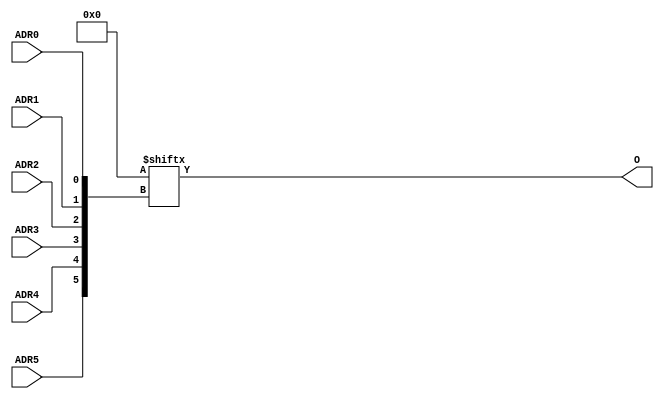
module X_LUT6 (O, ADR0, ADR1, ADR2, ADR3, ADR4, ADR5);

  parameter INIT = 64'h0000000000000000;
  parameter LOC = "UNPLACED";

  output O;
  input ADR0, ADR1, ADR2, ADR3, ADR4, ADR5;

  wire a0, a1, a2, a3, a4, a5;
  wire o_out_tmp;

  buf b0 (a0, ADR0);
  buf b1 (a1, ADR1);
  buf b2 (a2, ADR2);
  buf b3 (a3, ADR3);
  buf b4 (a4, ADR4);
  buf b5 (a5, ADR5);
  buf b6 (O, o_out_tmp);

  reg o_out;
  reg tmp;
  assign o_out_tmp = o_out;

  always @( a5 or a4 or a3 or  a2 or  a1 or  a0 )  begin

    tmp =  a0 ^ a1  ^ a2 ^ a3 ^ a4 ^ a5;

    if ( tmp == 0 || tmp == 1)

        o_out = INIT[{a5, a4, a3, a2, a1, a0}];

    else

      o_out =  lut6_mux8 ( {lut6_mux8 ( INIT[63:56], {a2, a1, a0}),
                          lut6_mux8 ( INIT[55:48], {a2, a1, a0}),
                          lut6_mux8 ( INIT[47:40], {a2, a1, a0}),
                          lut6_mux8 ( INIT[39:32], {a2, a1, a0}),
                          lut6_mux8 ( INIT[31:24], {a2, a1, a0}),
                          lut6_mux8 ( INIT[23:16], {a2, a1, a0}),
                          lut6_mux8 ( INIT[15:8], {a2, a1, a0}),
                          lut6_mux8 ( INIT[7:0], {a2, a1, a0}) }, {a5, a4, a3});
  end



  specify

	(ADR0 => O) = (0:0:0, 0:0:0);
	(ADR1 => O) = (0:0:0, 0:0:0);
	(ADR2 => O) = (0:0:0, 0:0:0);
	(ADR3 => O) = (0:0:0, 0:0:0);
	(ADR4 => O) = (0:0:0, 0:0:0);
	(ADR5 => O) = (0:0:0, 0:0:0);
	specparam PATHPULSE$ = 0;

  endspecify


  function lut6_mux8;
  input [7:0] d;
  input [2:0] s;
   
  begin

       if ((s[2]^s[1]^s[0] ==1) || (s[2]^s[1]^s[0] ==0))
           
           lut6_mux8 = d[s];

         else
           if ( ~(|d))
                 lut6_mux8 = 1'b0;
           else if ((&d))
                 lut6_mux8 = 1'b1;
           else if (((s[1]^s[0] ==1'b1) || (s[1]^s[0] ==1'b0)) && (d[{1'b0,s[1:0]}]==d[{1'b1,s[1:0]}]))
                 lut6_mux8 = d[{1'b0,s[1:0]}];
           else if (((s[2]^s[0] ==1) || (s[2]^s[0] ==0)) && (d[{s[2],1'b0,s[0]}]==d[{s[2],1'b1,s[0]}]))
                 lut6_mux8 = d[{s[2],1'b0,s[0]}];
           else if (((s[2]^s[1] ==1) || (s[2]^s[1] ==0)) && (d[{s[2],s[1],1'b0}]==d[{s[2],s[1],1'b1}]))
                 lut6_mux8 = d[{s[2],s[1],1'b0}];
           else if (((s[0] ==1) || (s[0] ==0)) && (d[{1'b0,1'b0,s[0]}]==d[{1'b0,1'b1,s[0]}]) &&
              (d[{1'b0,1'b0,s[0]}]==d[{1'b1,1'b0,s[0]}]) && (d[{1'b0,1'b0,s[0]}]==d[{1'b1,1'b1,s[0]}]))
                 lut6_mux8 = d[{1'b0,1'b0,s[0]}];
           else if (((s[1] ==1) || (s[1] ==0)) && (d[{1'b0,s[1],1'b0}]==d[{1'b0,s[1],1'b1}]) &&
              (d[{1'b0,s[1],1'b0}]==d[{1'b1,s[1],1'b0}]) && (d[{1'b0,s[1],1'b0}]==d[{1'b1,s[1],1'b1}]))
                 lut6_mux8 = d[{1'b0,s[1],1'b0}];
           else if (((s[2] ==1) || (s[2] ==0)) && (d[{s[2],1'b0,1'b0}]==d[{s[2],1'b0,1'b1}]) &&
              (d[{s[2],1'b0,1'b0}]==d[{s[2],1'b1,1'b0}]) && (d[{s[2],1'b0,1'b0}]==d[{s[2],1'b1,1'b1}]))
                 lut6_mux8 = d[{s[2],1'b0,1'b0}];
           else
                 lut6_mux8 = 1'bx;
   end
  endfunction

endmodule